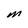
Character: M